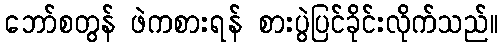
ဘော်စတွန် ဖဲကစားရန် စားပွဲပြင်ခိုင်းလိုက်သည်။